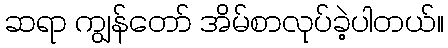
ဆရာ ကျွန်တော် အိမ်စာလုပ်ခဲ့ပါတယ်။